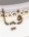
فيا